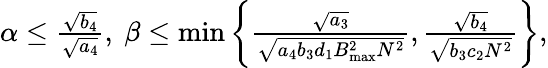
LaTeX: \begin{array}{r}{\alpha\leq\frac{\sqrt{b_{4}}}{\sqrt{a_{4}}},~\beta\leq\operatorname*{min}\bigg\{ \frac{\sqrt{a_{3}}}{\sqrt{a_{4}b_{3}d_{1}B_{\operatorname*{max}}^{2}N^{2}}},\frac{\sqrt{b_{4}}}{\sqrt{b_{3}c_{2}N^{2}}}\bigg\} ,}\end{array}